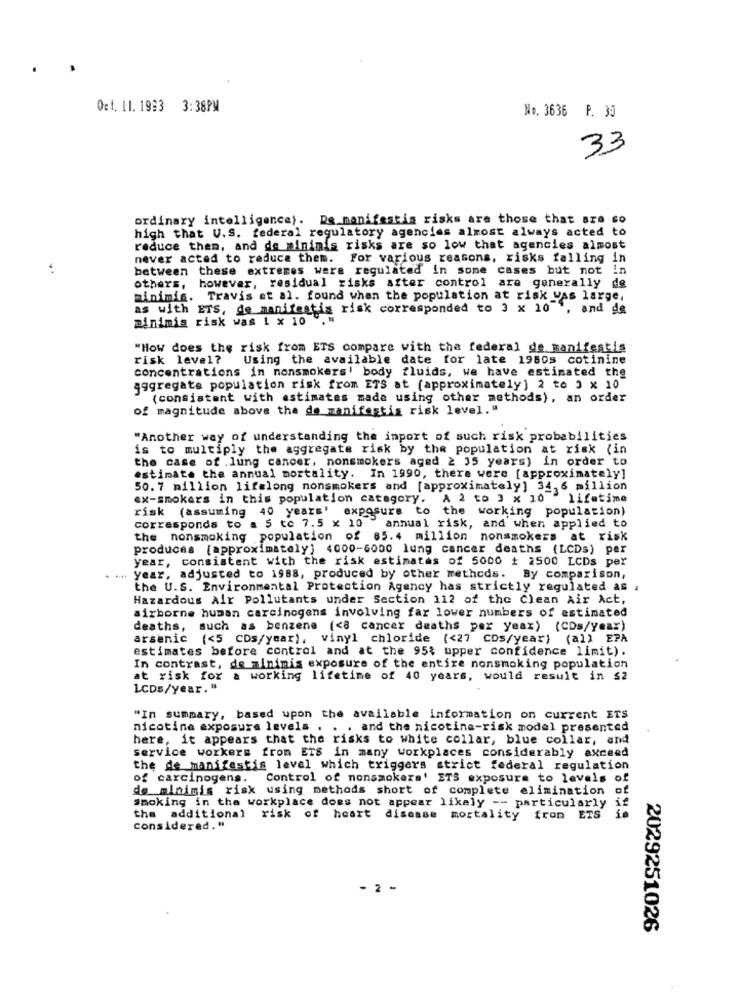
Oct. 11. 1993 3:38PM
No. 3636 P. 30
33
ordinary intelligence). De manifestis risks are those that are so
high that U.S. federal regulatory agencias almost always acted to
reduce them, and de minimis risks are so low that agencies almost
never acted to reduce them. For various reasons, risks falling in
..
between these extremes were regulated in some cases but not
in
others, however, residual risks after control are generally de
minimis. Travis et al. found when the population at risk vas large,
as with ETS, de manifestis risk corresponded to 3 x 10 ', and de
minimis risk was 1 x 10
"How does the risk from ETS compare with the federal de manifestis
risk level?
Using the available date for late 1980s cotinine
concentrations in nonsmokers! body fluids, we have estimated the
aggregate population risk from ETS at (approximately] 2 to 3 x 10
(consistent with estimates made using other methods), an order
of magnitude above the de manifestig risk level."
"Another way of understanding the import of such risk probabilities
is to multiply the aggregate risk by the population at risk (in
the case of .lung cancer, nonsmokers aged 2 35 years) in order to
estimate the annual mortality. In 1990, there were [approximately]
50. 7 million lifelong nonsmokers and [approximately] 34,6 million
ex-smokers in this population category. A 2 to 3 x 10 " lifetime
risk (assuming 40 years' exposure to the working population)
corresponds to a 5 to 7.5 x 10 annual risk, and when applied to
the nonsmoking population of 85.4 million nonsmokers at risk
produces (approximately] 4000-6000 lung cancer deaths (LCDs) per
year, consistent with the risk estimates of 5000 # 2500 LCDs per
... year, adjusted to 1988, produced by other methods. By comparison,
the U.S. Environmental Protection Agency has strictly regulated as
Hazardous Air Pollutants under Section 112 of the Clean Air Act,
airborne human carcinogens involving far lower numbers of estimated
deaths, such as benzene (<8 cancer deaths per year) (CDs/Year)
arsenic (<5 CDs/year), vinyl chloride (<27 CDs/year) (al) EPA
estimates before control and at the 95; upper confidence limit).
In contrast, de minimis exposure of the entire nonsmoking population
at risk for a working lifetime of 40 years, would result in $2
LCDs/year."
"In summary, based upon the available information on current ETS
nicotine exposure levels . . . and the nicotine-risk model presented
here, it appears that the risks to white collar, blue collar, and
service workers from ETS in many workplaces considerably axceed
the de manifestis level which triggers strict federal regulation
of carcinogens. Control of nonsmokers' ETS exposure to levels of
de minimis risk using methods short of complete elimination of
smoking in the workplace does not appear likely -- particularly
the additional risk of heart disease mortality fron ETS
10
considered."
- 2 -
2029251026